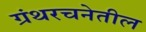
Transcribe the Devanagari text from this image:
ग्रंथरचनेतील